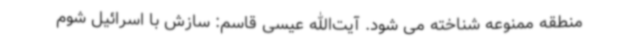
منطقه ممنوعه شناخته می شود. آیت‌الله عیسی قاسم: سازش با اسرائیل شوم